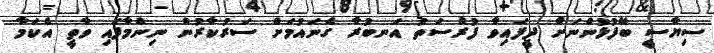
ސިޔާސީ ބޭފުޅުންނަށް ދީފައިވާ ފުރުސަތު އަނބުރާ ގެނައުމަށް ސަރުުކާރުން ނިންމާފައި ވާތީ އެކަމާ